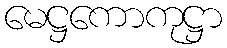
မေဋ္ဌကောကုဋ္ဌာ